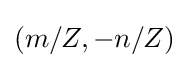
(m/Z,-n/Z)